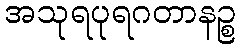
အသုရပုရဂတာနဉ္စ